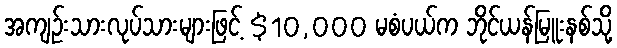
အကျဉ်းသားလုပ်သားများဖြင့် $10,000 မစံပယ်က ဘိုင်ယန်မြူးနစ်သို့